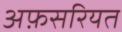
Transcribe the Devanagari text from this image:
अफ़सरियत